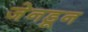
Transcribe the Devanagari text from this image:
जेनडून